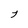
Character: 7